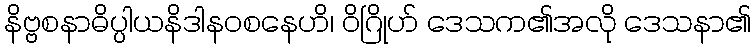
နိဗ္ဗစနာဓိပ္ပါယနိဒါနဝစနေဟိ၊ ဝိဂြိုဟ် ဒေသက၏အလို ဒေသနာ၏